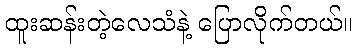
ထူးဆန်းတဲ့လေသံနဲ့ ပြောလိုက်တယ်။